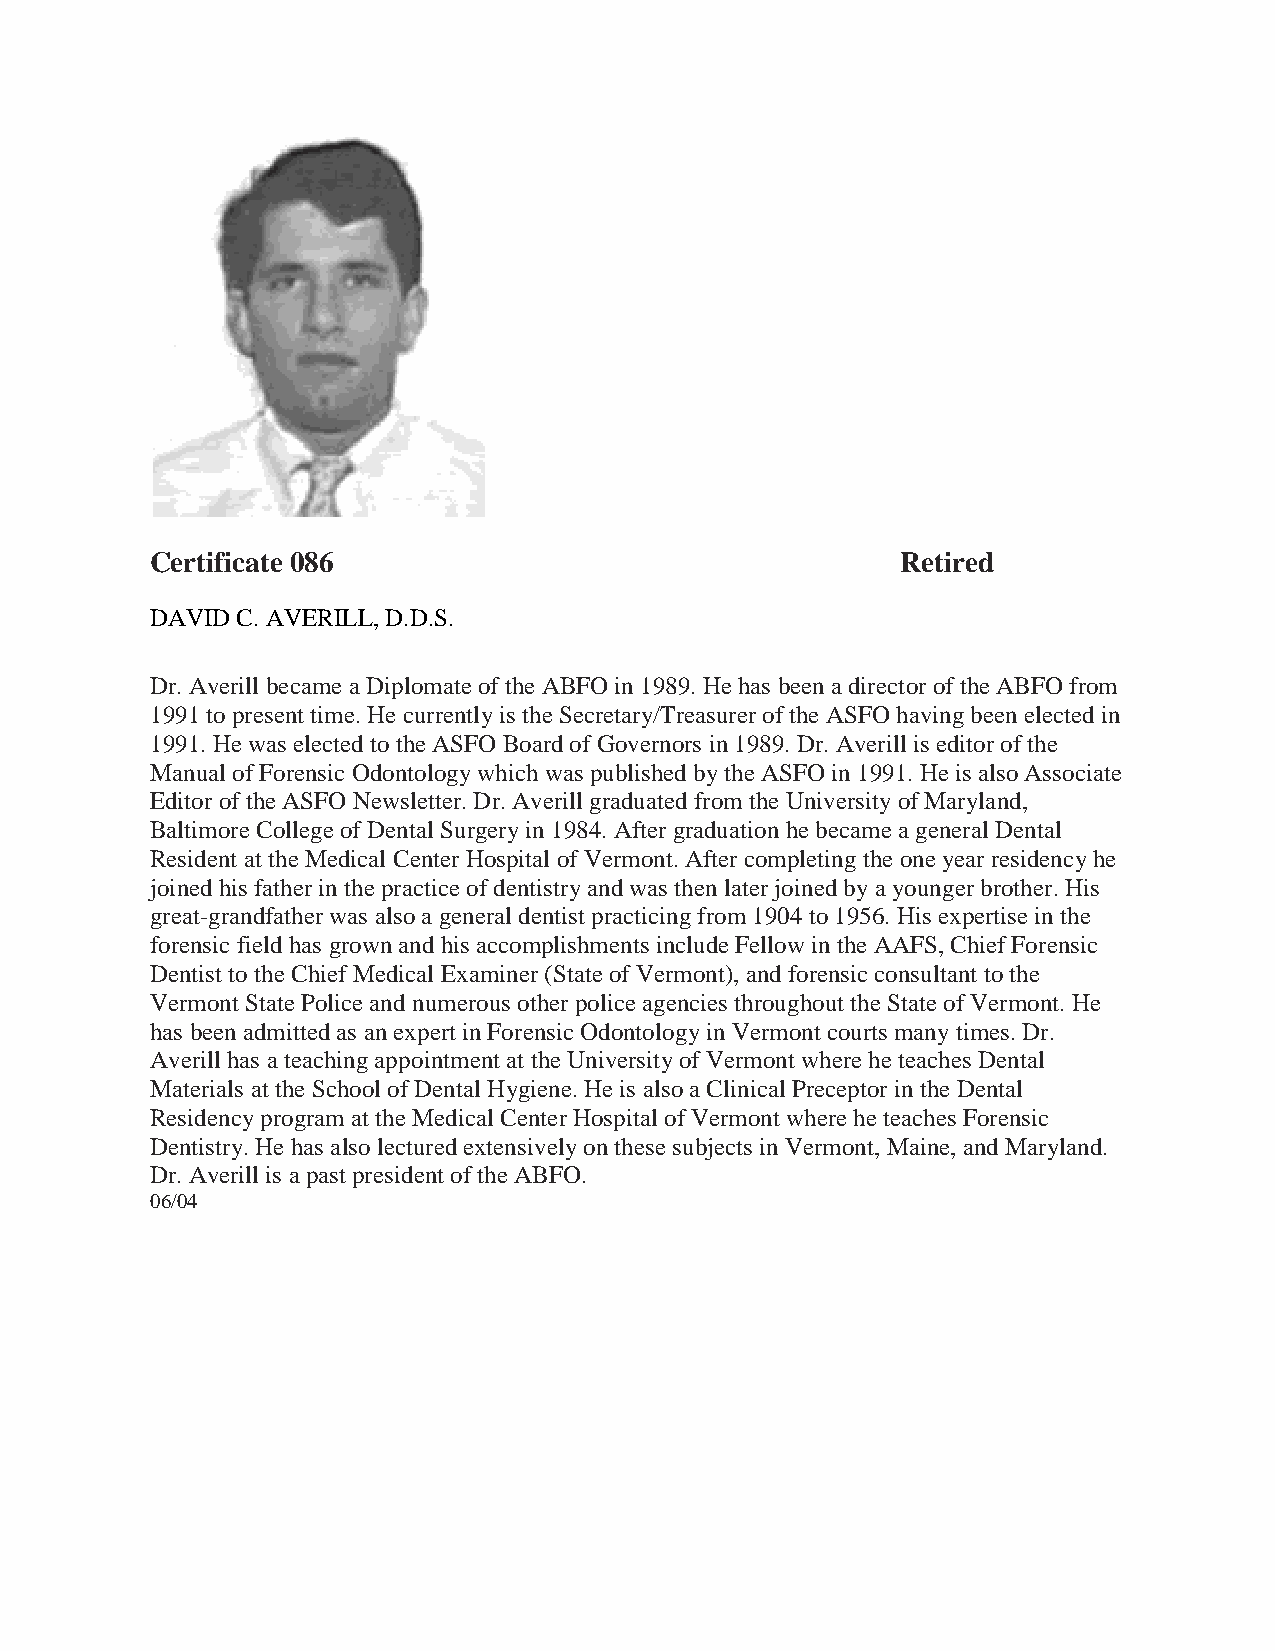
Certificate 086                                   Retired
 DAVID C. AVERILL, D.D.S.
 Dr. Averill became a Diplomate of the ABFO in 1989. He has been a director of the ABFO from
 1991 to present time. He currently is the Secretary/Treasurer of the ASFO having been elected in
 1991. He was elected to the ASFO Board of Governors in 1989. Dr. Averill is editor of the
 Manual of Forensic Odontology which was published by the ASFO in 1991. He is also Associate
 Editor of the ASFO Newsletter. Dr. Averill graduated from the University of Maryland,
 Baltimore College of Dental Surgery in 1984. After graduation he became a general Dental
 Resident at the Medical Center Hospital of Vermont. After completing the one year residency he
 joined his father in the practice of dentistry and was then later joined by a younger brother. His
 great-grandfather was also a general dentist practicing from 1904 to 1956. His expertise in the
 forensic field has grown and his accomplishments include Fellow in the AAFS, Chief Forensic
 Dentist to the Chief Medical Examiner (State of Vermont), and forensic consultant to the
 Vermont State Police and numerous other police agencies throughout the State of Vermont. He
 has been admitted as an expert in Forensic Odontology in Vermont courts many times. Dr.
 Averill has a teaching appointment at the University of Vermont where he teaches Dental
 Materials at the School of Dental Hygiene. He is also a Clinical Preceptor in the Dental
 Residency program at the Medical Center Hospital of Vermont where he teaches Forensic
 Dentistry. He has also lectured extensively on these subjects in Vermont, Maine, and Maryland.
 Dr. Averill is a past president of the ABFO.
 06/04